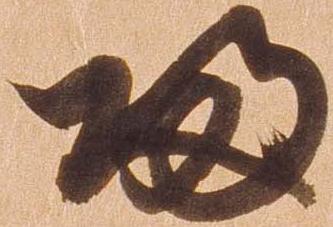
帰